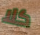
كلا